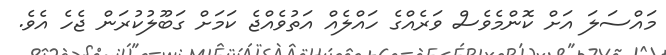
މައްސަލަ އަށް ކޮންމެވެސް ވަރެއްގެ ހައްލެއް އަތުވެއްޖެ ކަމަށް ގަބޫލުކުރަން ޖެހެ އެވެ.